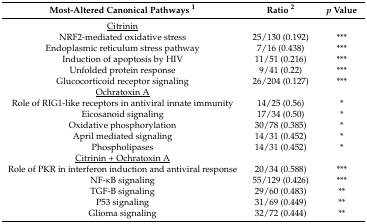
<table><thead><tr><td><b>Most-Altered Canonical Pathways <sup>1</sup></b></td><td><b>Ratio <sup>2</sup></b></td><td><b><i>p</i> Value</b></td></tr></thead><tbody><tr><td><underline>Citrinin</underline></td><td></td><td></td></tr><tr><td>NRF2-mediated oxidative stress </td><td>25/130 (0.192)</td><td>***</td></tr><tr><td>Endoplasmic reticulum stress pathway</td><td>7/16 (0.438)</td><td>***</td></tr><tr><td>Induction of apoptosis by HIV</td><td>11/51 (0.216)</td><td>***</td></tr><tr><td>Unfolded protein response</td><td>9/41 (0.22)</td><td>***</td></tr><tr><td>Glucocorticoid receptor signaling </td><td>26/204 (0.127)</td><td>***</td></tr><tr><td><underline>Ochratoxin A</underline></td><td></td><td></td></tr><tr><td>Role of RIG1-like receptors in antiviral innate immunity</td><td>14/25 (0.56)</td><td>*</td></tr><tr><td>Eicosanoid signaling</td><td>17/34 (0.50)</td><td>*</td></tr><tr><td>Oxidative phosphorylation</td><td>30/78 (0.385)</td><td>*</td></tr><tr><td>April mediated signaling</td><td>14/31 (0.452)</td><td>*</td></tr><tr><td>Phospholipases</td><td>14/31 (0.452)</td><td>*</td></tr><tr><td><underline>Citrinin + Ochratoxin A</underline></td><td></td><td></td></tr><tr><td>Role of PKR in interferon induction and antiviral response</td><td>20/34 (0.588)</td><td>***</td></tr><tr><td>NF-κB signaling</td><td>55/129 (0.426)</td><td>***</td></tr><tr><td>TGF-B signaling</td><td>29/60 (0.483)</td><td>**</td></tr><tr><td>P53 signaling</td><td>31/69 (0.449)</td><td>**</td></tr><tr><td>Glioma signaling </td><td>32/72 (0.444)</td><td>**</td></tr></tbody></table>